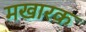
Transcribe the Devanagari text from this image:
मखारक